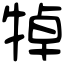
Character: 𤙴